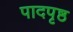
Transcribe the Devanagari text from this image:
पादपृष्ठ